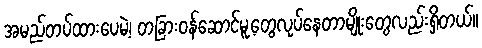
အမည်တပ်ထားပေမဲ့၊ တခြားဝန်ဆောင်မူ့တွေလုပ်နေတာမျိုးတွေလည်းရှိတယ်။